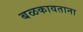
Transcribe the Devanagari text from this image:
बळकावताना